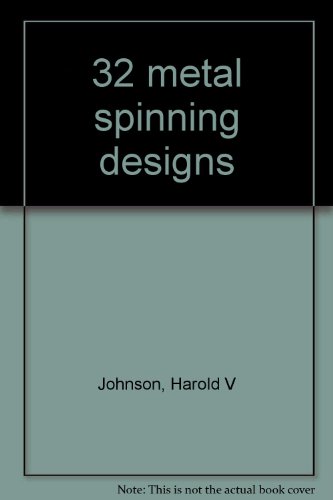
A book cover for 32 metal spinning designs; Harold V Johnson; Crafts, Hobbies & Home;